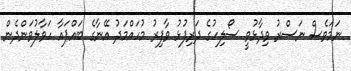
ނަމަވެސް ނަސްރު ވިދާޅުވީ ސޯލިހުގެ ދަރިފުޅު ވާފިރު މުހައްމަދު އޭނާގެ ބައްޕައާ ހަވާލުވަންދެން